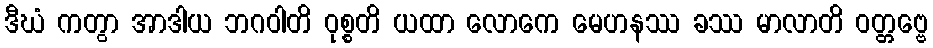
ဒီဃံ ကတွာ အာဒါယ ဘဂဝါတိ ဝုစ္စတိ ယထာ လောကေ မေဟနဿ ခဿ မာလာတိ ဝတ္တဗ္ဗေ